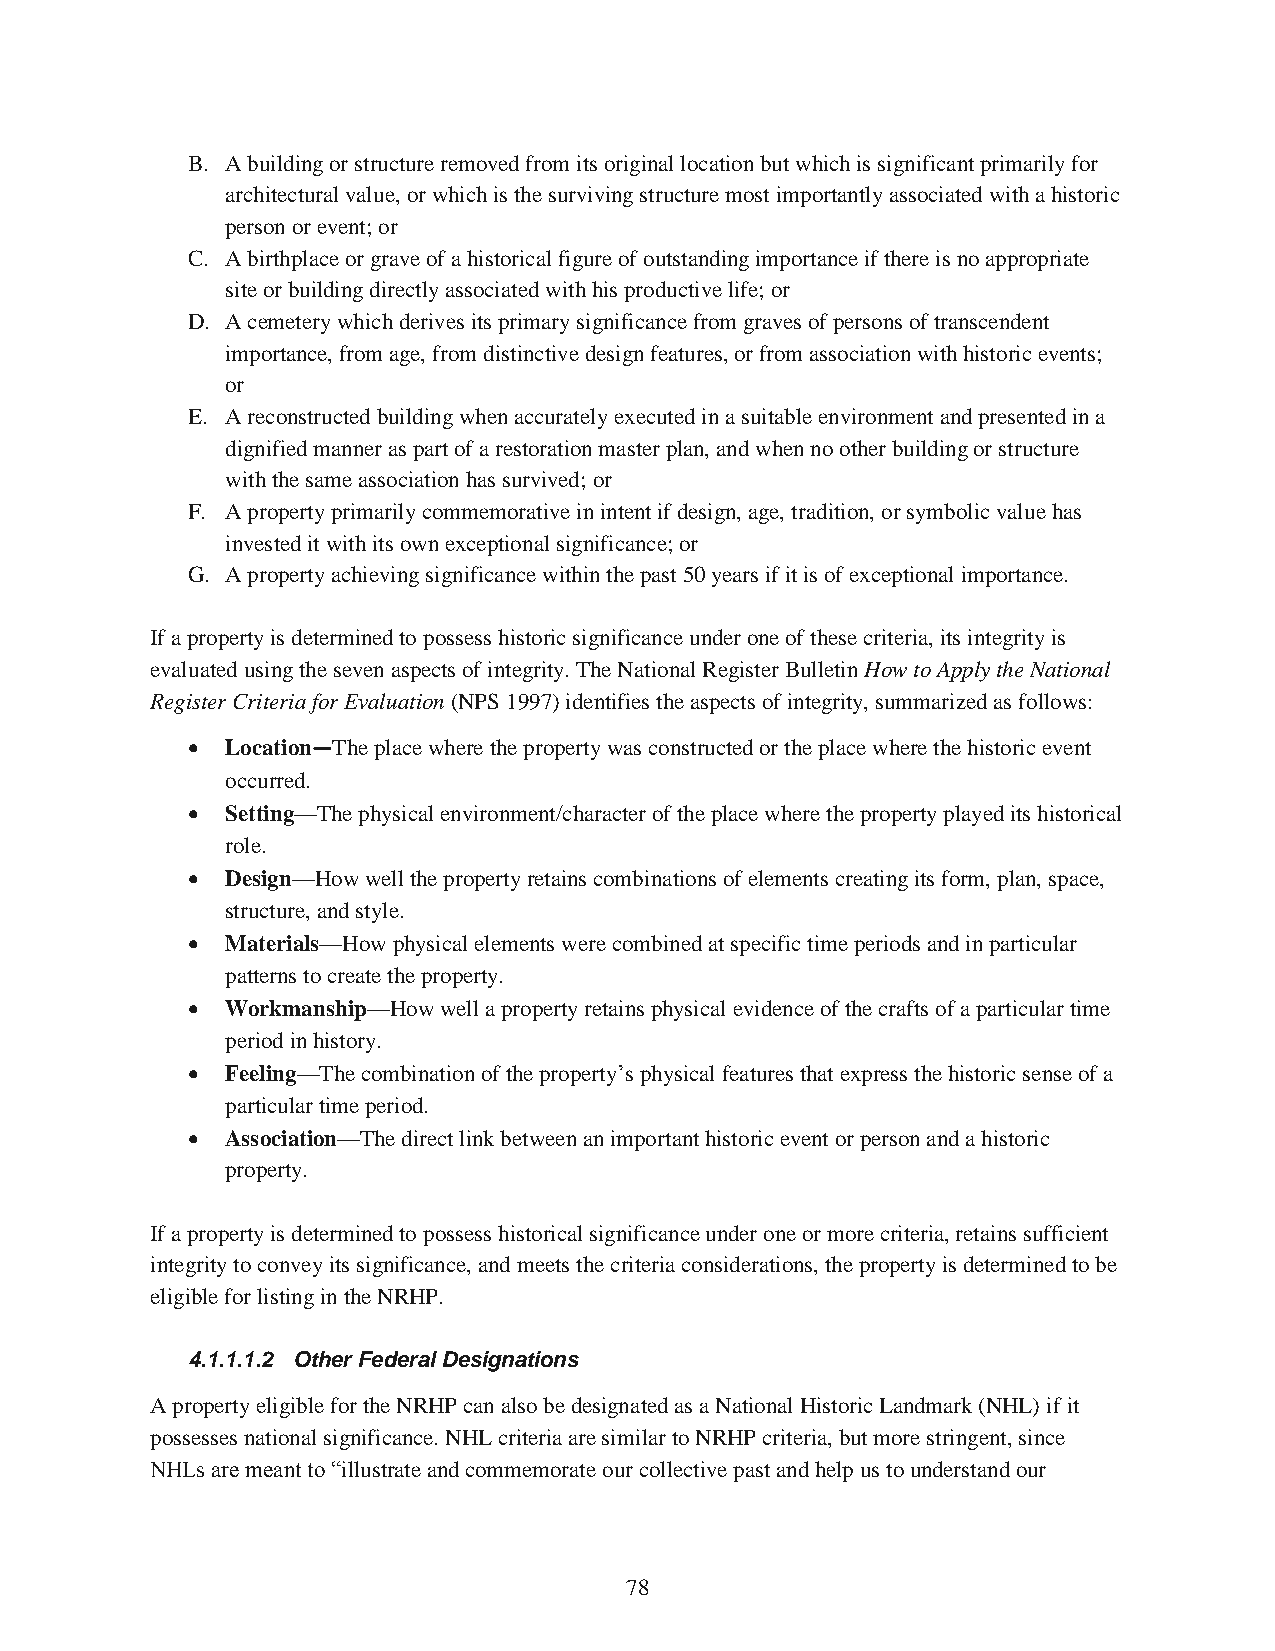
B. A building or structure removed from its original location but which is significant primarily for
 architectural value, or which is the surviving structure most importantly associated with a historic
 person or event; or
 C. A birthplace or grave of a historical figure of outstanding importance if there is no appropriate
 site or building directly associated with his productive life; or
 D. A cemetery which derives its primary significance from graves of persons of transcendent
 importance, from age, from distinctive design features, or from association with historic events;
 or
 E. A reconstructed building when accurately executed in a suitable environment and presented in a
 dignified manner as part of a restoration master plan, and when no other building or structure
 with the same association has survived; or
 F. A property primarily commemorative in intent if design, age, tradition, or symbolic value has
 invested it with its own exceptional significance; or
 G. A property achieving significance within the past 50 years if it is of exceptional importance.
 If a property is determined to possess historic significance under one of these criteria, its integrity is
 evaluated using the seven aspects of integrity. The National Register Bulletin How to Apply the National
 Register Criteria for Evaluation (NPS 1997) identifies the aspects of integrity, summarized as follows:
   Location—The place where the property was constructed or the place where the historic event
 occurred.
   Setting—The physical environment/character of the place where the property played its historical
 role.
   Design—How well the property retains combinations of elements creating its form, plan, space,
 structure, and style.
   Materials—How physical elements were combined at specific time periods and in particular
 patterns to create the property.
   Workmanship—How well a property retains physical evidence of the crafts of a particular time
 period in history.
   Feeling—The combination of the property’s physical features that express the historic sense of a
 particular time period.
   Association—The direct link between an important historic event or person and a historic
 property.
 If a property is determined to possess historical significance under one or more criteria, retains sufficient
 integrity to convey its significance, and meets the criteria considerations, the property is determined to be
 eligible for listing in the NRHP.
 4.1.1.1.2 Other Federal Designations
 A property eligible for the NRHP can also be designated as a National Historic Landmark (NHL) if it
 possesses national significance. NHL criteria are similar to NRHP criteria, but more stringent, since
 NHLs are meant to “illustrate and commemorate our collective past and help us to understand our
 78